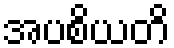
အပစိယတိ